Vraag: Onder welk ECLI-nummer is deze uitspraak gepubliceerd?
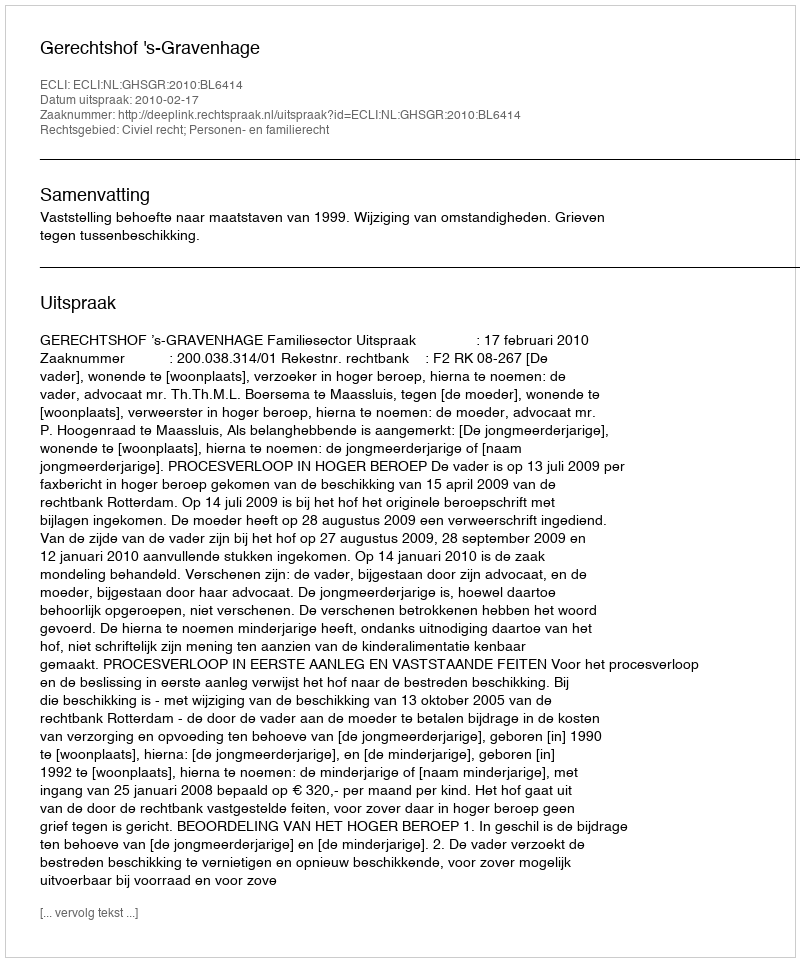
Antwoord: ECLI:NL:GHSGR:2010:BL6414